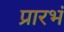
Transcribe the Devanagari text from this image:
प्रारभं